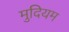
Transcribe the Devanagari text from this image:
मुदियम